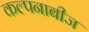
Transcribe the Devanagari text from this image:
कल्पनाबीज